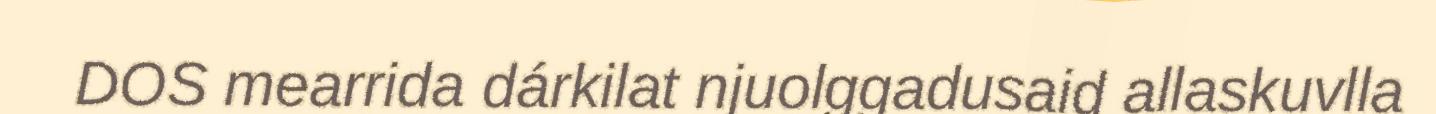
DOS mearrida dárkilat njuolggadusaid allaskuvlla